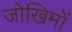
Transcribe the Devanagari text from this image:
जोखिमों